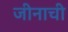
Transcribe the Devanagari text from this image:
जीनाची